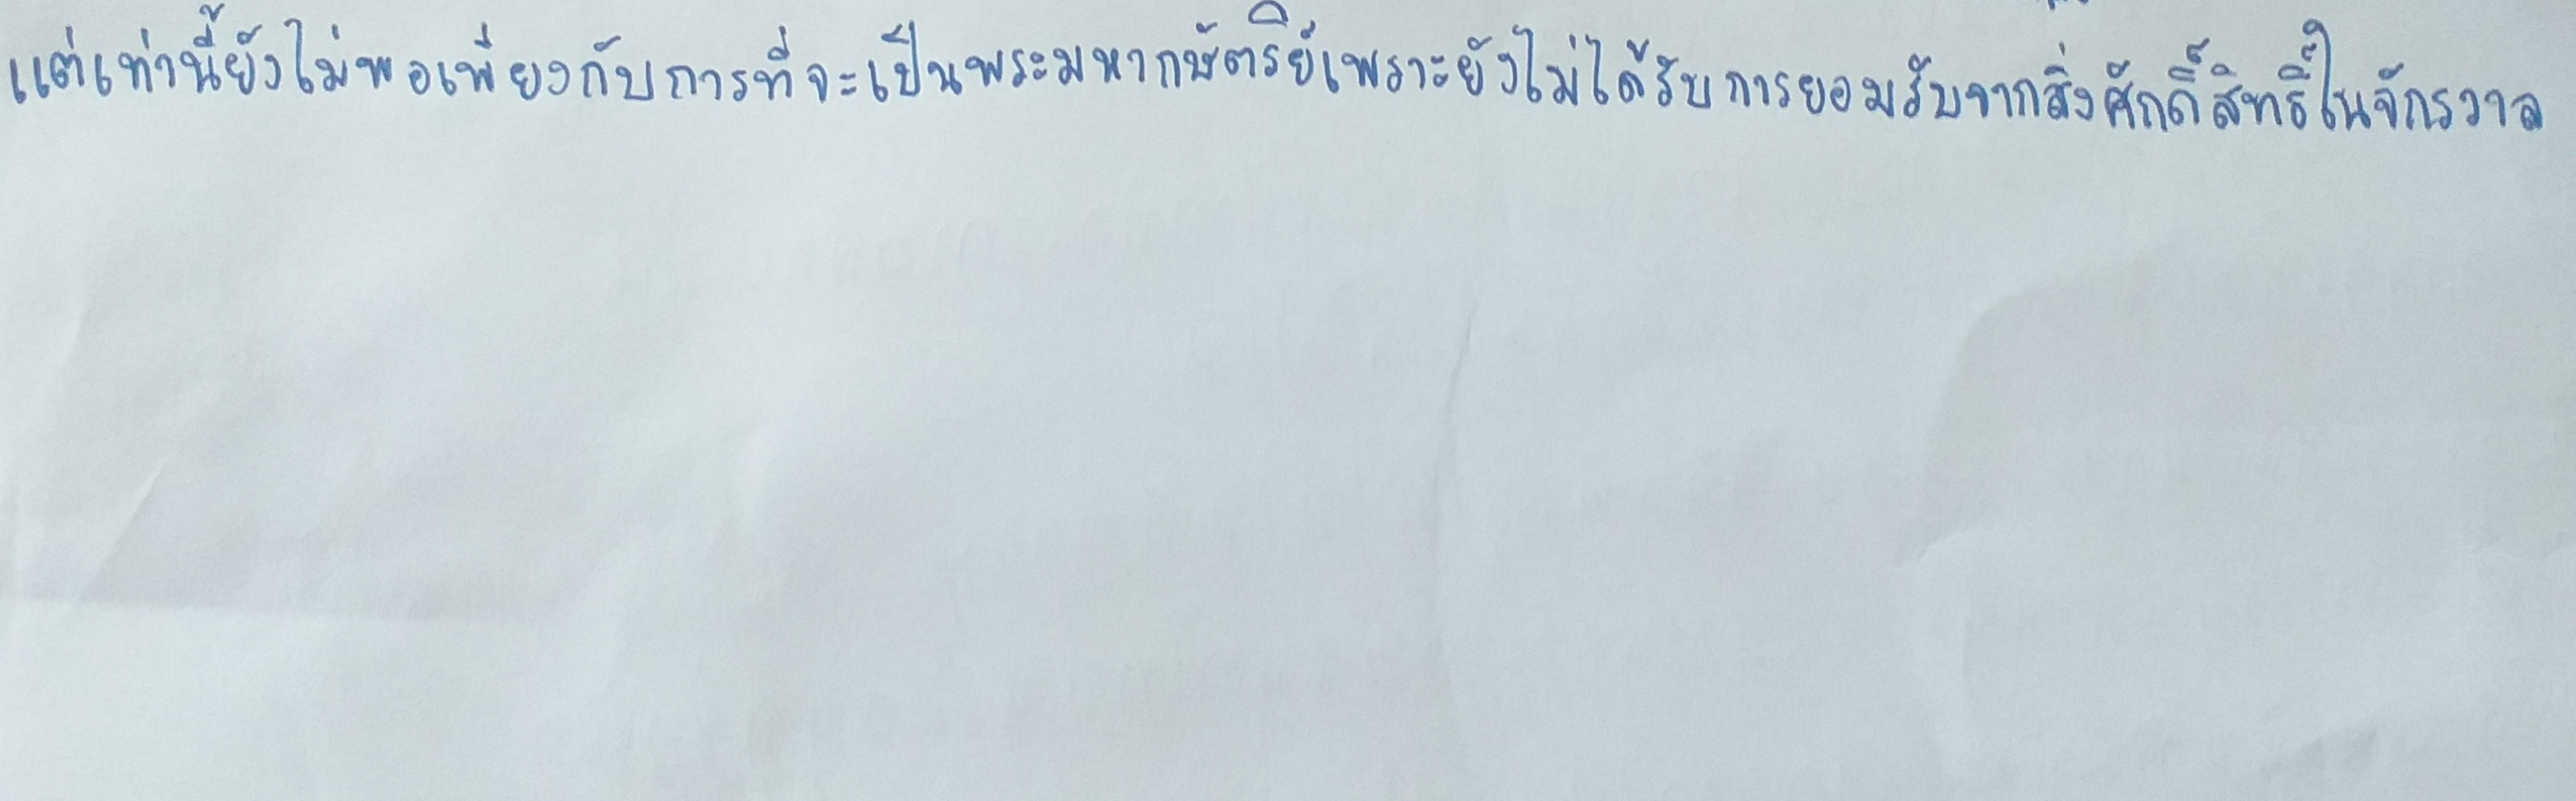
แต่เท่านี้ยังไม่พอเพียงกับการที่จะเป็นพระมหากษัตริย์เพราะยังไม่ได้รับการยอมรับจากสิ่งศักดิ์สิทธิ์ในจักรวาล